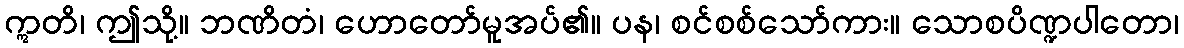
ဣတိ၊ ဤသို့။ ဘဏိတံ၊ ဟောတော်မူအပ်၏။ ပန၊ စင်စစ်သော်ကား။ သောစပိဏ္ဍပါတော၊